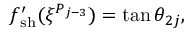
f _ { \mathrm { { s h } } } ^ { \prime } ( \xi ^ { P _ { j - 3 } } ) = \tan \theta _ { 2 j } ,